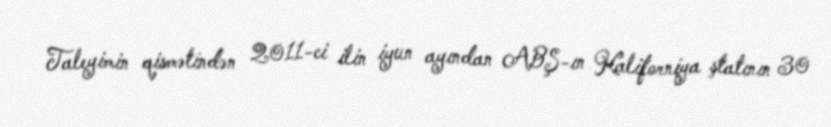
Taleyimin qismətindən 2011-ci ilin iyun ayından ABŞ-ın Kaliforniya ştatının 30